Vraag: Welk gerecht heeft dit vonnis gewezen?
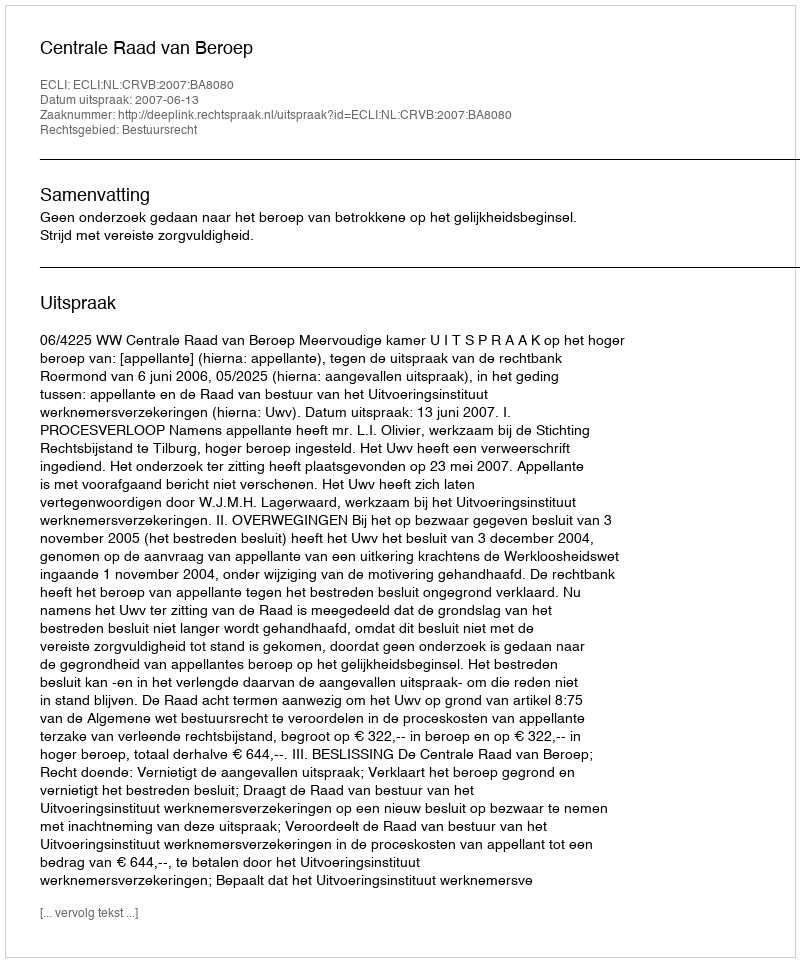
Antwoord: Centrale Raad van Beroep